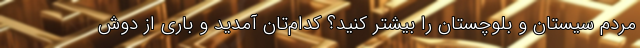
مردم سیستان و بلوچستان را بیشتر کنید؟ کدام‌تان آمدید و باری از دوش